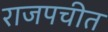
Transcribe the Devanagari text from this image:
राजपचीत